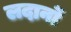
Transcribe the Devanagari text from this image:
लदानों